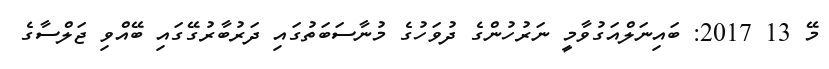
މޭ 13 2017: ބައިނަލްއަގުވާމީ ނަރުހުންގެ ދުވަހުގެ މުނާސަބަތުގައި ދަރުބާރުގޭގައި ބޭއްވި ޖަލްސާގެ